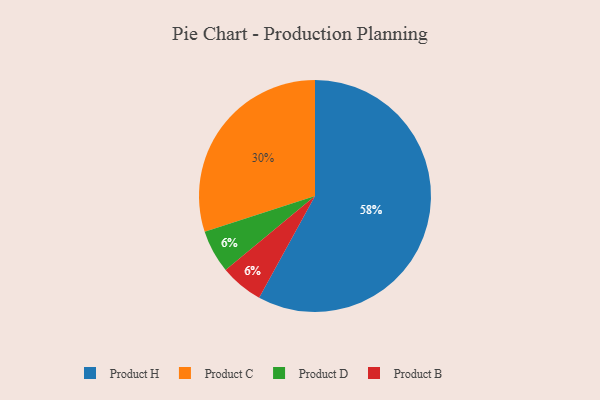
{"axis": {"x": "Category", "y": "Percentage"}, "legend": ["Product B", "Product C", "Product D", "Product H"], "data": [{"x": "Product C", "y": 30, "type": "Product C"}, {"x": "Product D", "y": 6, "type": "Product D"}, {"x": "Product B", "y": 6, "type": "Product B"}, {"x": "Product H", "y": 58, "type": "Product H"}]}